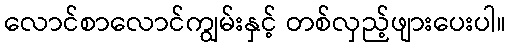
လောင်စာလောင်ကျွမ်းနှင့် တစ်လှည့်ဖျားပေးပါ။